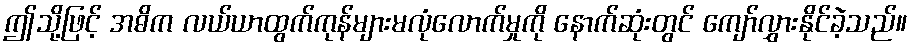
ဤသို့ဖြင့် အဓိက လယ်ယာထွက်ကုန်များမလုံလောက်မှုကို နောက်ဆုံးတွင် ကျော်လွှားနိုင်ခဲ့သည်။